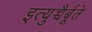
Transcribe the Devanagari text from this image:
इत्युच्चैर्बूते